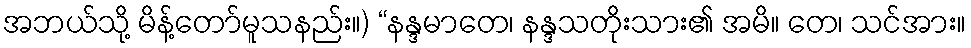
အဘယ်သို့ မိန့်တော်မူသနည်း။) “နန္ဒမာတေ၊ နန္ဒသတိုးသား၏ အမိ။ တေ၊ သင်အား။